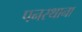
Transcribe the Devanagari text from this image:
पनस्थाना